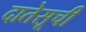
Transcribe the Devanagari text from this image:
दातेसूची